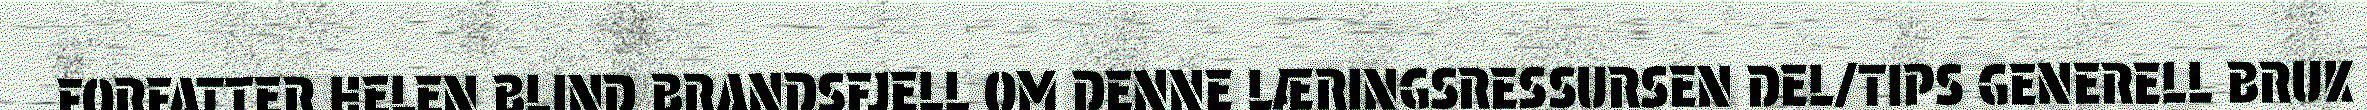
FORFATTER HELEN BLIND BRANDSFJELL OM DENNE LÆRINGSRESSURSEN DEL/TIPS GENERELL BRUK